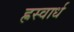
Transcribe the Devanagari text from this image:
ह्रस्वार्ध